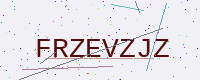
Text: FRZEVZJZ